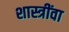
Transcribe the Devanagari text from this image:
शास्त्रींवा